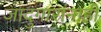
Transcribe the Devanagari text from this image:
जादुगारांनाही